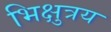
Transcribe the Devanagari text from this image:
भिक्षुत्रय